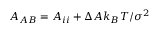
A _ { A B } = A _ { i i } + \Delta A k _ { B } T / \sigma ^ { 2 }